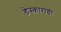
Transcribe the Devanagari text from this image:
डेस्काराडो